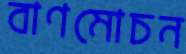
বাণমোচন